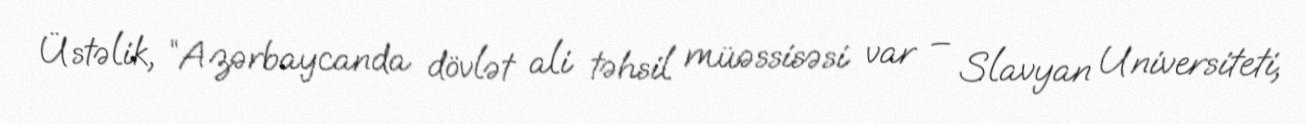
Üstəlik, “Azərbaycanda dövlət ali təhsil müəssisəsi var – Slavyan Universiteti,